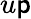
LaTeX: u\mathsf{p}